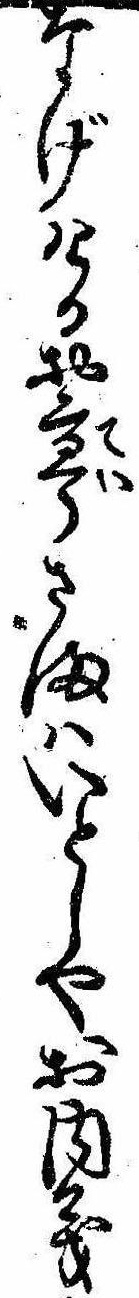
なげけるお亭さまはいとしやお内義